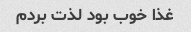
غذا خوب بود لذت بردم